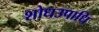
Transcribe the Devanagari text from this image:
शोधउपाधि